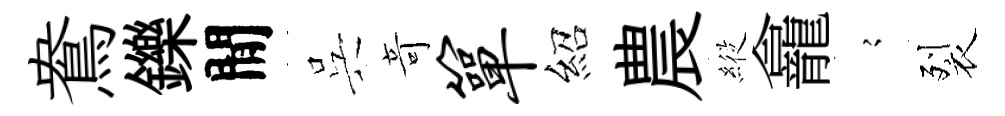
鴦鑠閒呉竒箪紹農𦂵龕𡪹裂